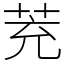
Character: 茺